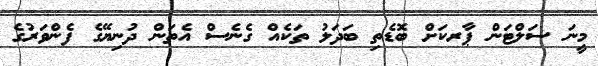
މީނަ ސަލްޓަން ޕާރކަށް ބޮޑެތި ބަދަލު ތަކެއް ގެނެސް އެތަން ދުނިޔޭގެ ފެންވަރުގެ